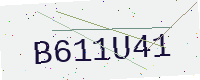
Text: B611U41